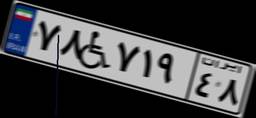
۳۲W۳۰۶۹۳